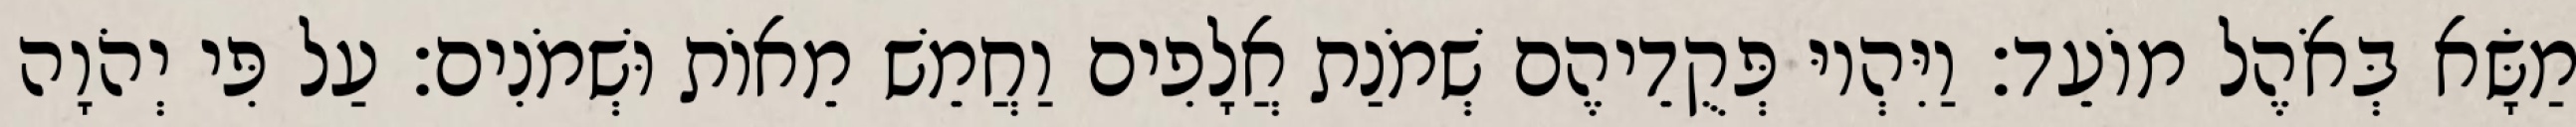
מַשָּׂא בְּאֹהֶל מוֹעֵד׃ וַיִּהְיוּ פְּקֻדֵיהֶם שְׁמֹנַת אֲלָפִים וַחֲמֵשׁ מֵאוֹת וּשְׁמֹנִים׃ עַל פִּי יְהֹוָה